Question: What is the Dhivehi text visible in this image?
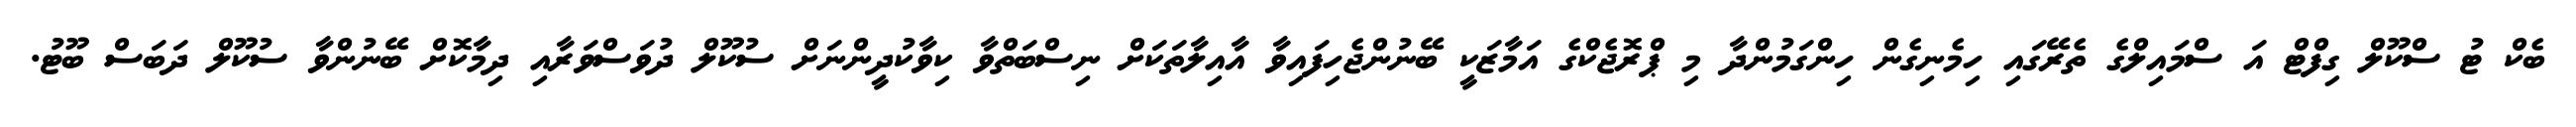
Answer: ބެކް ޓު ސްކޫލް ގިފްޓް އަ ސްމައިލްގެ ތެރޭގައި ހިމެނިގެން ހިންގަމުންދާ މި ޕްރޮޖެކްގެ އަމާޒަކީ ބޭނުންޖެހިފައިވާ އާއިލާތަކަށް ނިސްބަތްވާ ކިވާކުދީންނަށް ސުކޫލް ދުވަސްވަރާއި ދިމާކޮށް ބޭނުންވާ ސުކޫލް ދަބަސް ބޫޓު.